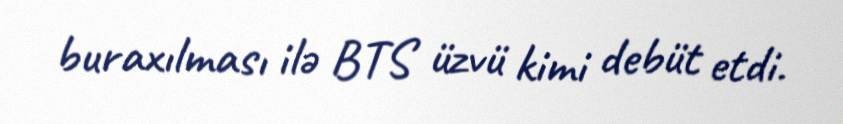
buraxılması ilə BTS üzvü kimi debüt etdi.